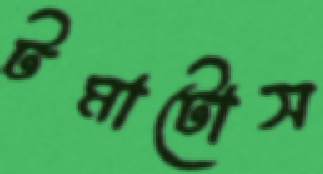
টমাটোস